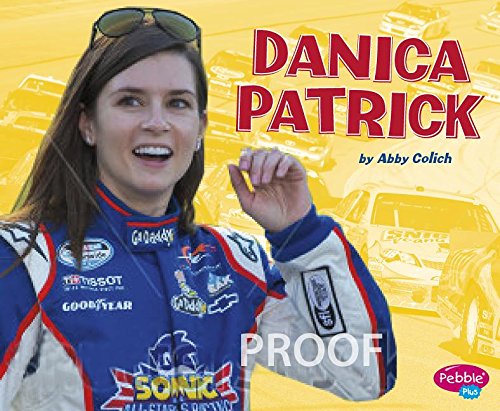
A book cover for Danica Patrick (Women in Sports); Abby Colich; Children's Books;